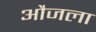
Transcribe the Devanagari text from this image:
औजला